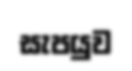
සැපයුව